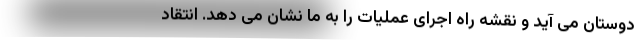
دوستان می آید و نقشه راه اجرای عملیات را به ما نشان می دهد. انتقاد